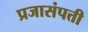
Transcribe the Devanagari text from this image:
प्रजासंपत्ती